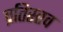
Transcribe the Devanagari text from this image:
प्रतिस्तव